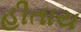
હીતાય